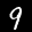
Label: 9